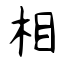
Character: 相